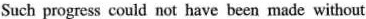
Such progress could not have been made without